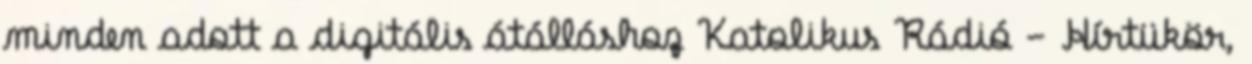
minden adott a digitális átálláshoz Katolikus Rádió - Hírtükör,